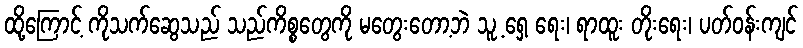
ထို့ကြောင့် ကိုသက်ဆွေသည် သည်ကိစ္စတွေကို မတွေးတော့ဘဲ သူ့ ရှေ့ ရေး၊ ရာထူး တိုးရေး၊ ပတ်ဝန်းကျင်